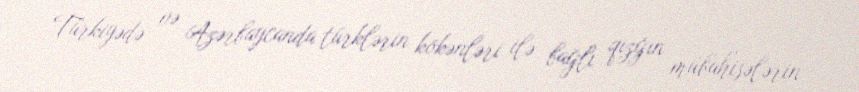
Türkiyədə və Azərbaycanda türklərin kökənləri ilə bağlı qızğın mübahisələrin